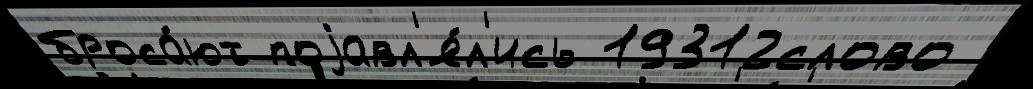
броса́ют поjавл'я́л'ись 19312слово